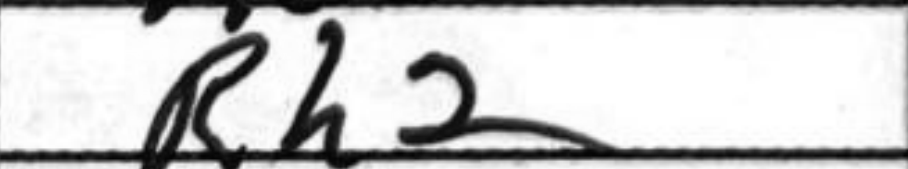
Transcription: Rh2